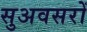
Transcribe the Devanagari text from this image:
सुअवसरों